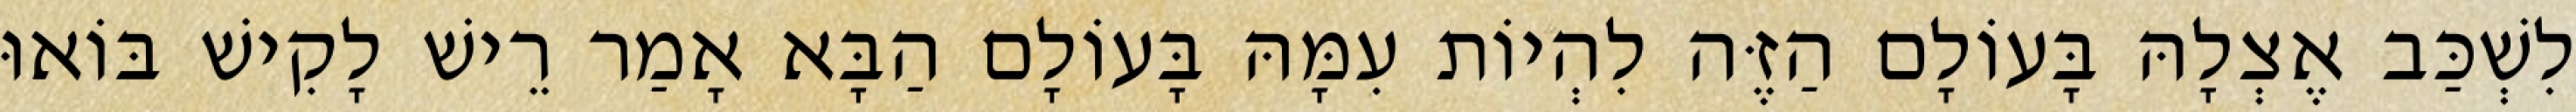
לִשְׁכַּב אֶצְלָהּ בָּעוֹלָם הַזֶּה לִהְיוֹת עִמָּהּ בָּעוֹלָם הַבָּא אָמַר רֵישׁ לָקִישׁ בּוֹאוּ